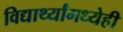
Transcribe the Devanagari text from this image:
विद्यार्थ्यांमध्येही